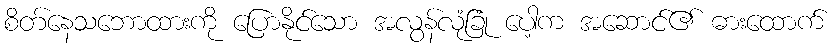
စိတ်နေသဘောထားကို ပြောနိုင်သော အလွန်လုံခြုံ ပေါ့က အဆောင်၏ ဓားထောက်